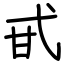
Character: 甙